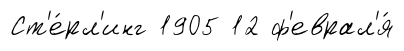
Ст'е́рл'инг 1905 12 ф'еврал'я́